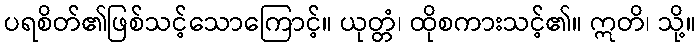
ပရစိတ်၏ဖြစ်သင့်သောကြောင့်။ ယုတ္တံ၊ ထိုစကားသင့်၏။ ဣတိ၊ သို့။